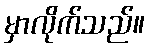
မှာလိုက်သည်။